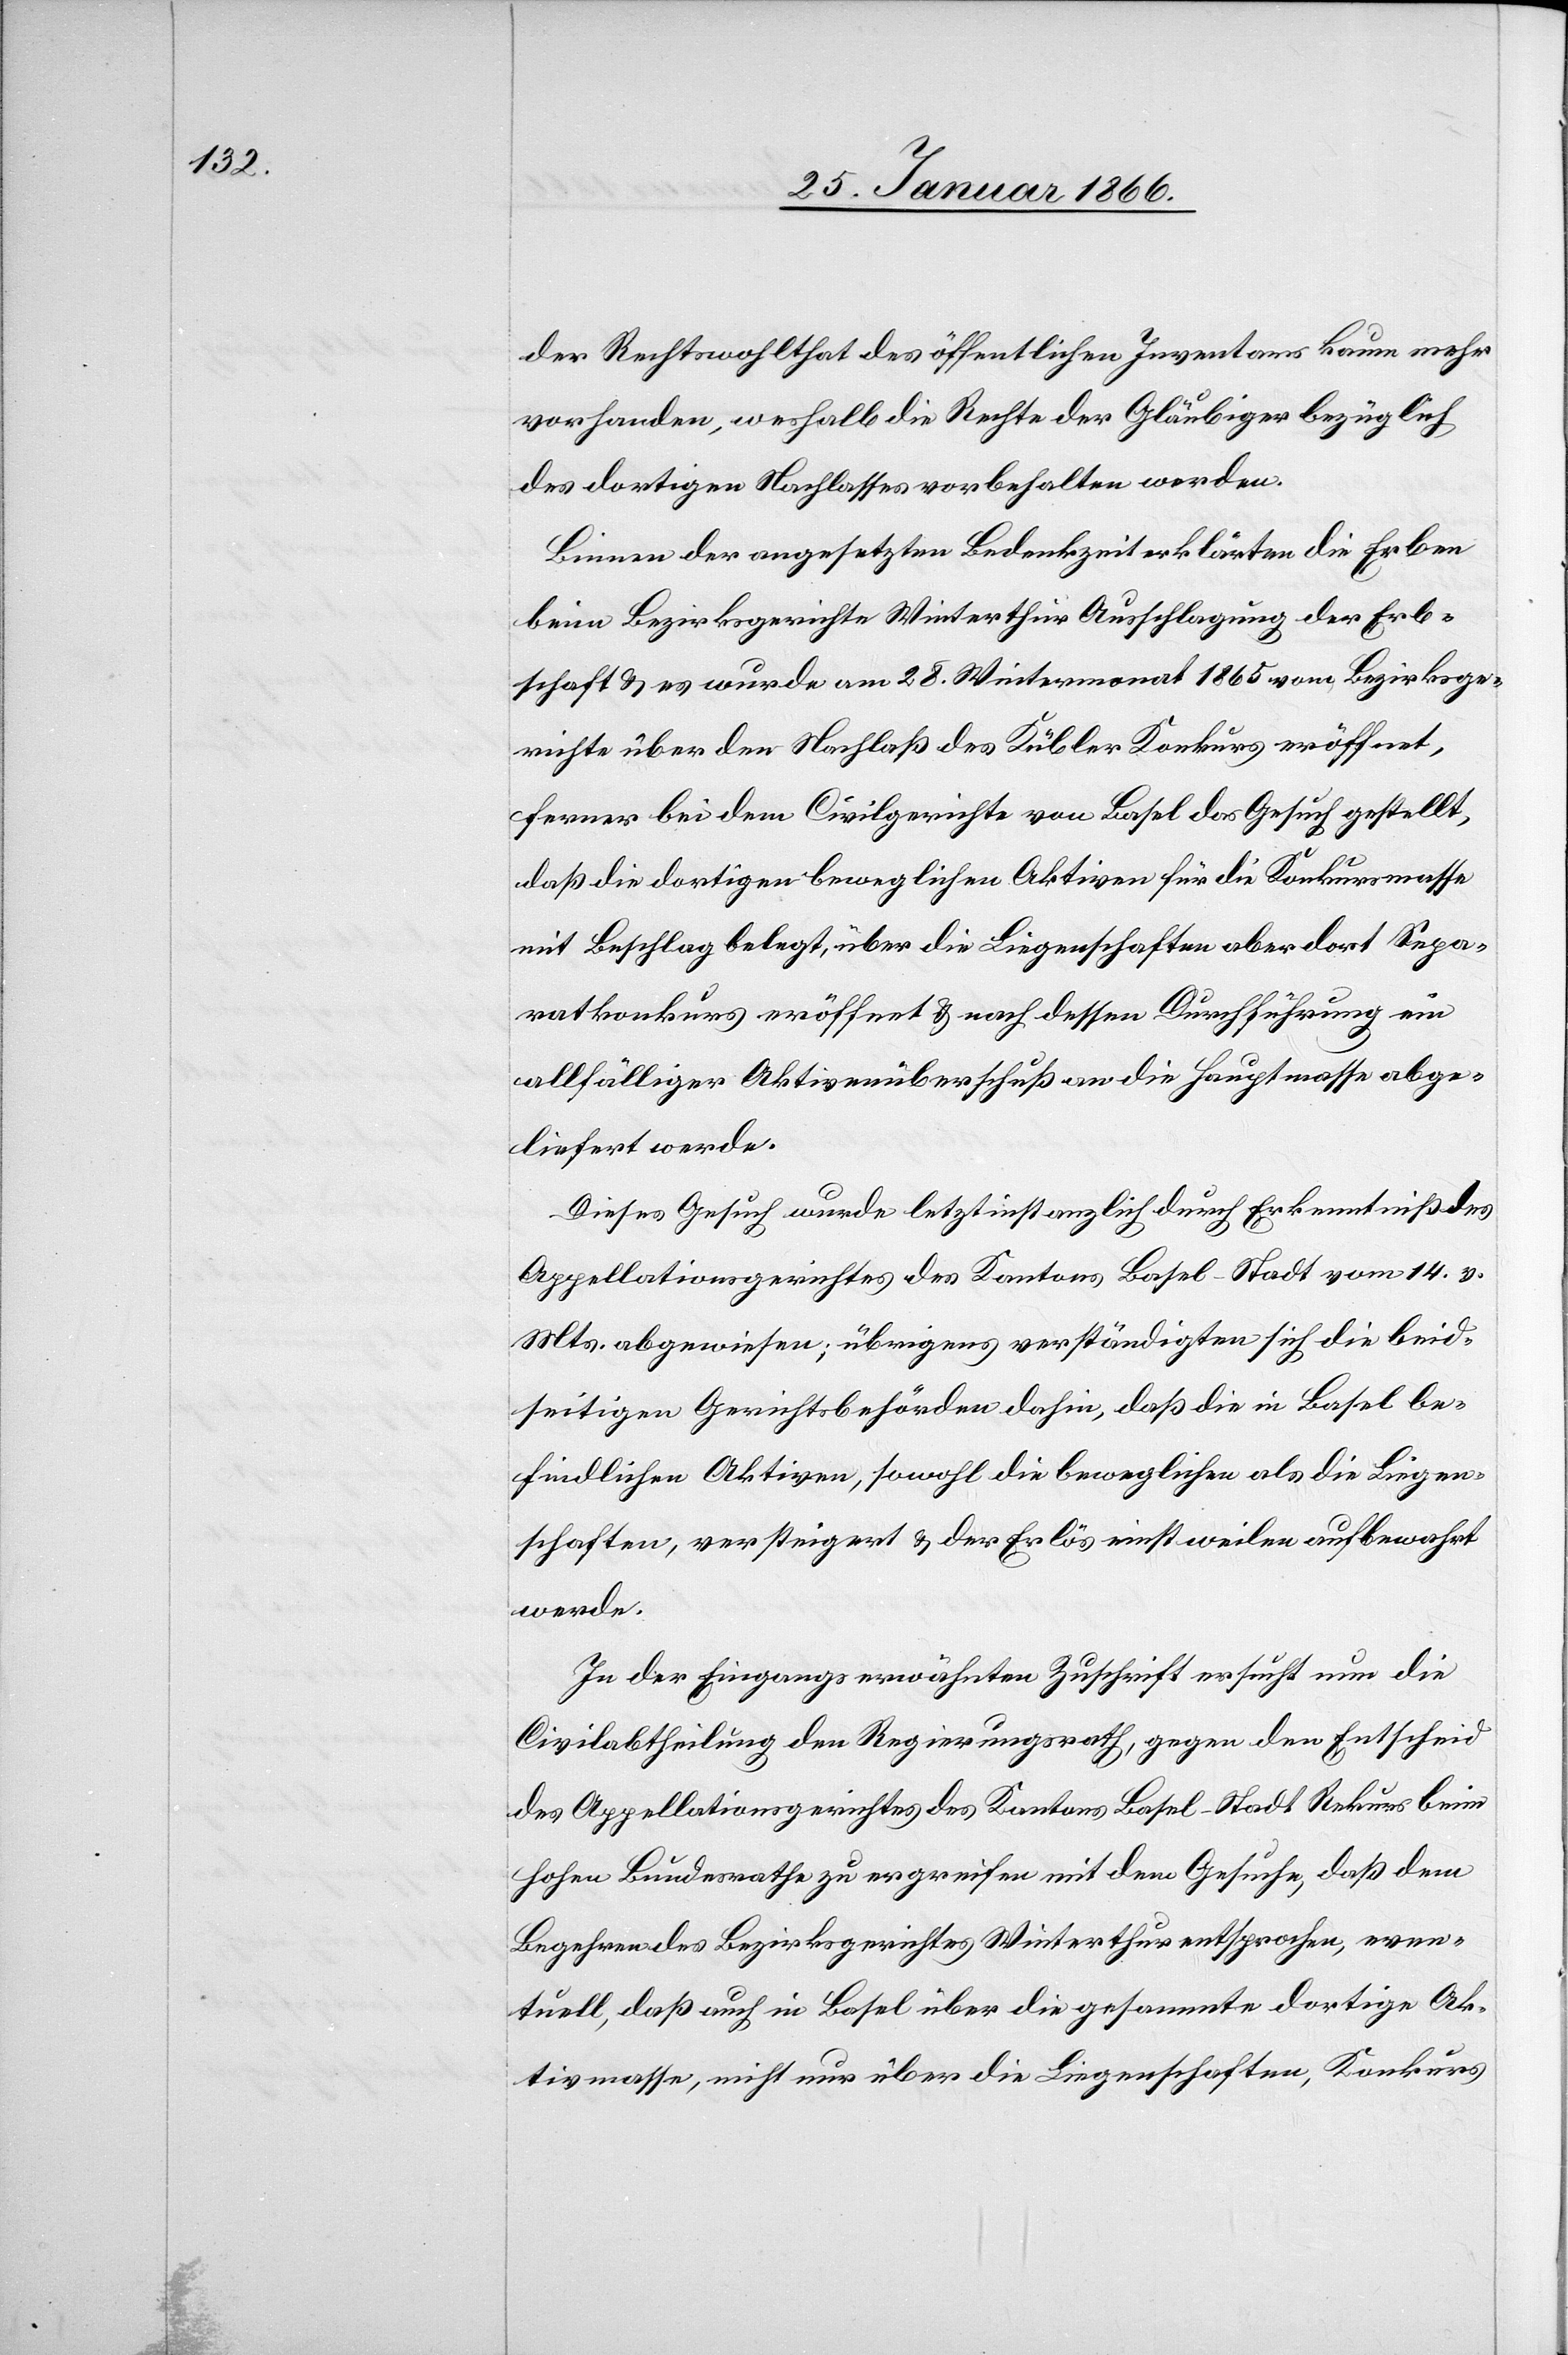
der Rechtswohlthat des öffentlichen Inventars kaum mehr
vorhanden, weshalb die Rechte der Gläubiger bezüglich
des dortigen Nachlasses vorbehalten werden.
Binnen der angesetzten Bedenkzeit erklärten die Erben
beim Bezirksgerichte Winterthur Ausschlagung der Erb¬
schaft u. es wurde am 28. Wintermonat 1865 vom Bezirksge¬
richte über den Nachlaß des Kübler Konkurs eröffnet,
ferner bei dem Civilgerichte von Basel das Gesuch gestellt,
daß die dortigen beweglichen Aktiven für die Konkursmasse
mit Beschlag belegt, über die Liegenschaften aber dort Sepa¬
ratkonkurs eröffnet u. nach dessen Durchführung ein
allfälliger Aktivenüberschuß an die Hauptmasse abge¬
liefert werde.
Dieses Gesuch wurde letztinstanzlich durch Erkenntniß des
Appellationsgerichtes des Kantons Basel-Stadt vom 14. v.
Mts. abgewiesen; übrigens verständigten sich die beid¬
seitigen Gerichtsbehörden dahin, daß die in Basel be¬
findlichen Aktiven, sowohl die beweglichen als die Liegen¬
schaften, versteigert u. der Erlös einstweilen aufbewahrt
werde.
In der Eingangs erwähnten Zuschrift ersucht nun die
Civilabtheilung den Regierungsrath, gegen den Entscheid
des Appellationsgerichtes des Kantons Basel-Stadt Rekurs beim
hohen Bundesrathe zu ergreifen mit dem Gesuche, daß dem
Begehren des Bezirksgerichtes Winterthur entsprochen, even¬
tuell, daß auch in Basel über die gesammte dortige Ak¬
tivmasse, nicht nur über die Liegenschaften, Konkurs